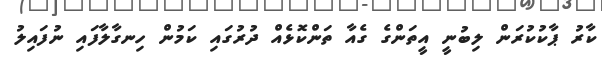
ކާރު ޕާކުކުރަން ލިބުނީ އީތަންގެ ގެއާ ތަންކޮޅެއް ދުރުގައި ކަމުން ހިނގާލާފައި ނުފައިލު